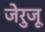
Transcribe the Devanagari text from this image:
जेरुजू